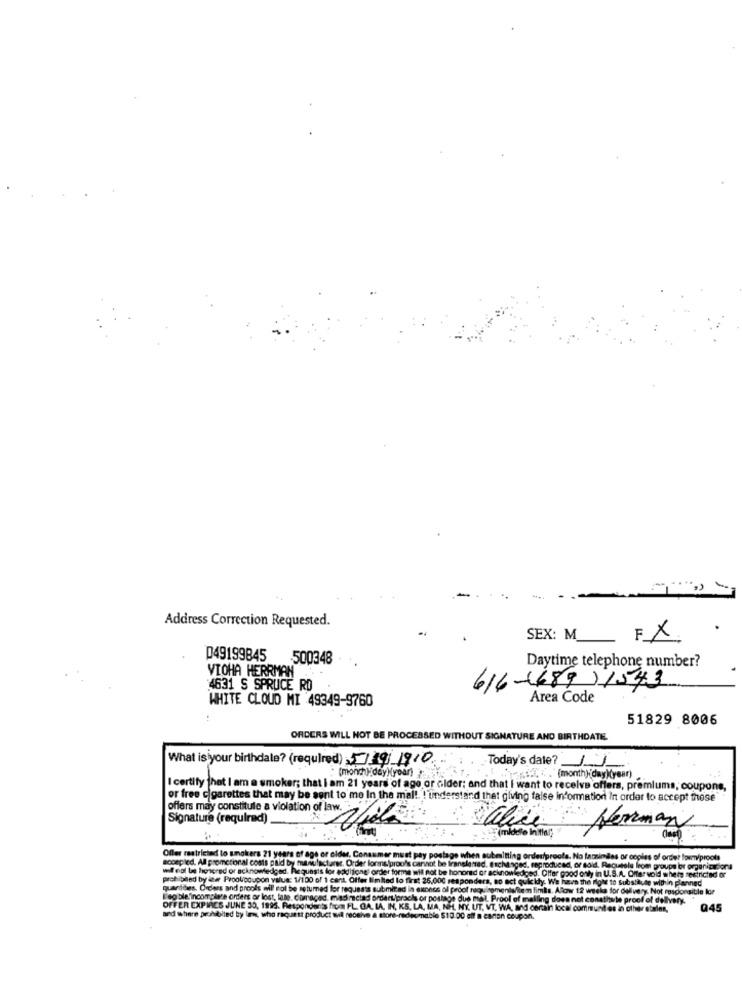
Address Correction Requested.
SEX: M_
FX
D49199845
.500348
VIOHA HERRMAN
Daytime telephone number?
4631 S SPRUCE RD
616-(689) 1543
WHITE CLOUD MI 49349-9760
Area Code
51829 8006
ORDERS WILL NOT BE PROCESSED WITHOUT SIGNATURE AND BIRTHDATE.
What is your birthdate? (required) 5/19/1910.
Today's date?
: (monch) day)(year)
K."(month) day)(year)
I certify that I am a smoker; that i am 21 years of age or older; and that I want to receive offers, premiums, coupons,
or free cigarettes that may be sent to me In the mal! ! 'understand that giving false information in order to accept those
Signature (required).
offers may constitute a violation of law. The
alice
Herman
sooepied. All promotional costs paid by man
Ofler restricted to smokers 21 years of age or elde
iming o
desiproole. No larzindes
des or copies of ordet losm/proots
will not be honored or acknowledged. Requests for aok!
changed, reproducedi, or sold. Recustala leom groups or organizadora
nowledged. Offer good only in U.S.A. Offer vold where restricted or
eproduced, or said. R.
prohibited by law Proolicoupon value: 1/100 of 1 cant.
o act quickdy. We have the Right 10 Substitute within planned
quantdes. Orders
will not be returned for
enis/item fimis. Alow 12 weeks for delivery. Not responsible for
Iep ble'incompie'e orders or lost, late. comraced, mind
ool of mall
ng does not constitu te proof of delivery.
OFFER EXPIACS JUNE 30, 1995. Respondents from F
MA, NEL M
VT. WA, and certain local communities in other eb
045
and
and where prohibited by law, who raquiest product will
bio 510.00
n coupon.